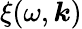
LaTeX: \xi(\omega,\boldsymbol{\mathit{k}})